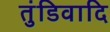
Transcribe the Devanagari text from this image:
तुंडिवादि